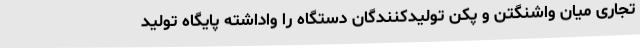
تجاری میان واشنگتن و پکن تولیدکنندگان دستگاه را واداشته پایگاه تولید